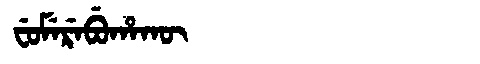
Manchu: ᠸᡠᠮᡝᡵᡝᠪᡠᡥᠠᡴᡡ
Romanization: FUMEREBUHAKŪ